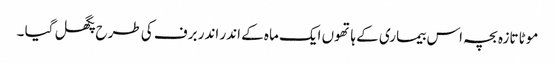
موٹا تازہ بچہ اس بیماری کے ہاتھوں ایک ماہ کے اندر اندر برف کی طرح پگھل گیا ۔